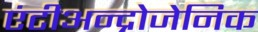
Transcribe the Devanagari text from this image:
एंटीअन्द्रोजेनिक